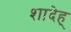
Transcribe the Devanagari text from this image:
शादेह्